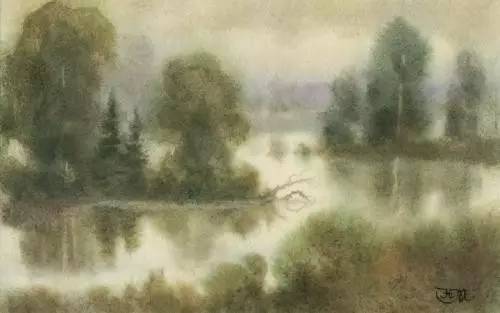
世事漫随流水，算来一梦浮生。